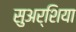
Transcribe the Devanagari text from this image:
सुअर्शिया